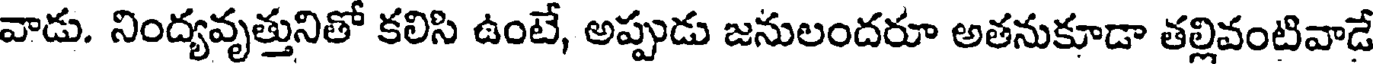
వాడు. నింద్యవృత్తునితో కలిసి ఉంటే, అప్పుడు జనులందరూ అతనుకూడా తల్లివంటివాడే